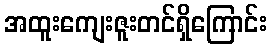
အထူးကျေးဇူးတင်ရှိကြောင်း